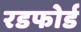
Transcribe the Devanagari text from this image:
रडफोर्ड